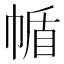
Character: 㡒